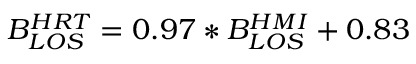
B _ { L O S } ^ { H R T } = 0 . 9 7 \ast B _ { L O S } ^ { H M I } + 0 . 8 3